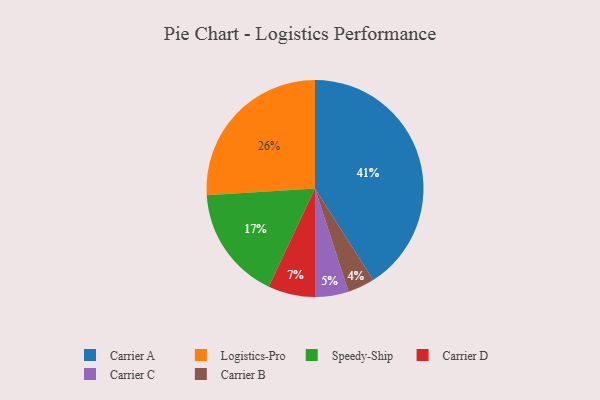
{"axis": {"x": "Category", "y": "Percentage"}, "legend": ["Carrier A", "Carrier B", "Carrier C", "Carrier D", "Logistics-Pro", "Speedy-Ship"], "data": [{"x": "Carrier C", "y": 5, "type": "Carrier C"}, {"x": "Carrier B", "y": 4, "type": "Carrier B"}, {"x": "Carrier A", "y": 41, "type": "Carrier A"}, {"x": "Speedy-Ship", "y": 17, "type": "Speedy-Ship"}, {"x": "Carrier D", "y": 7, "type": "Carrier D"}, {"x": "Logistics-Pro", "y": 26, "type": "Logistics-Pro"}]}